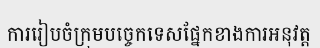
ការរៀបចំក្រុមបច្ចេកទេសផ្នែកខាងការអនុវត្ត